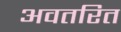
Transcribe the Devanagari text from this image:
अवतरित